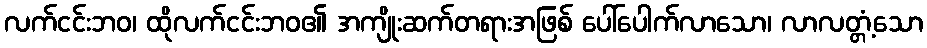
လက်ငင်းဘဝ၊ ထိုလက်ငင်းဘဝ၏ အကျိုးဆက်တရားအဖြစ် ပေါ်ပေါက်လာသော၊ လာလတ္တံ့သော